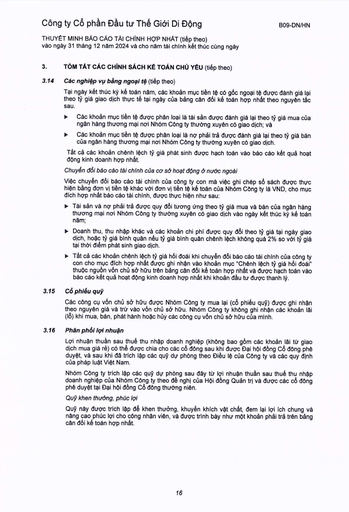
|3.14|Các nghiệp vụ bằng ngoại tệ (tiếp theo)| |---|---| ||Tại ngày kết thúc kỳ kế toán năm, các khoản mục tiền tệ có gốc ngoại tệ được đánh giá lại theo tỷ giá giao dịch thực tế tại ngày của bảng cân đối kế toán hợp nhất theo nguyên tắc sau.| ||Các khoản mục tiền tệ được phân loại là tài sản được đánh giá lại theo tỷ giá mua của ngân hàng thương mại nơi Nhóm Công ty thường xuyên có giao dịch; và| ||Các khoản mục tiền tệ được phân loại là nợ phải trả được đánh giá lại theo tỷ giá bán của ngân hàng thương mại nơi Nhóm Công ty thường xuyên có giao dịch.| ||Tất cả các khoản chênh lệch tỷ giá phát sinh được hạch toán vào báo cáo kết quả hoạt động kinh doanh hợp nhất.| ||Chuyển đổi báo cáo tài chính của cơ sở hoạt động nước ngoài| ||Việc chuyển đổi báo cáo tài chính của công ty con mà việc ghi chép sổ sách được thực hiện bằng đơn vị tiền tệ khác với đơn vị tiền tệ kế toán của Nhóm Công ty là VND, cho mục đích hợp nhất báo cáo tài chính, được thực hiện như sau:| ||Tài sản và nợ phải trả được quy đổi tương ứng theo tỷ giá mua và bán của ngân hàng thương mại nơi Nhóm Công ty thường xuyên có giao dịch vào ngày kết thúc kỳ kế toán năm;| ||Doanh thu, thu nhập khác và các khoản chi phí được quy đổi theo tỷ giá tại ngày giao dịch, hoặc tỷ giá bình quân nếu tỷ giá bình quân chênh lệch không quá 2% so với tỷ giá tại thời điểm phát sinh giao dịch.| ||Tất cả các khoản chênh lệch tỷ giá hối đoái khi chuyển đổi báo cáo tài chính của công ty con cho mục đích hợp nhất được ghi nhận vào khoản mục "Chênh lệch tỷ giá hối đoái" thuộc nguồn vốn chủ sở hữu trên bảng cân đối kế toán hợp nhất và được hạch toán vào báo cáo kết quả hoạt động kinh doanh hợp nhất khi khoản đầu tư được thanh lý.| |3.15|Cổ phiếu quỹ| ||Các công cụ vốn chủ sở hữu được Nhóm Công ty mua lại (cổ phiếu quỹ) được ghi nhận theo nguyên giá và trừ vào vốn chủ sở hữu. Nhóm Công ty không ghi nhận các khoản lãi (lỗ) khi mua, bán, phát hành hoặc hủy các công cụ vốn chủ sở hữu của mình.| |3.16|Phân phối lợi nhuận| ||Lợi nhuận thuần sau thuế thu nhập doanh nghiệp (không bao gồm các khoản lãi từ giao dịch mua giá rẻ) có thể được chia cho các cổ đông sau khi được Đại hội đồng Cổ đông phê duyệt, và sau khi đã trích lập các quỹ dự phòng theo Điều lệ của Công ty và các quy định của pháp luật Việt Nam.| ||Nhóm Công ty trích lập các quỹ dự phòng sau đây từ lợi nhuận thuần sau thuế thu nhập doanh nghiệp của Nhóm Công ty theo đề nghị của Hội đồng Quản trị và được các cổ đông phê duyệt tại Đại hội đồng Cổ đông thường niên. Quỹ khen thưởng, phúc lợi| ||Quỹ này được trích lập để khen thưởng, khuyến khích vật chất, đem lại lợi ích chung và nâng cao phúc lợi cho công nhân viên, và được trình bày như một khoản phải trả trên bảng cân đối kế toán hợp nhất.|